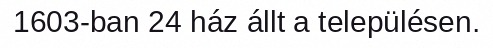
1603-ban 24 ház állt a településen.